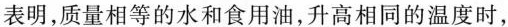
表明，质量相等的水和食用油，升高相同的温度时，